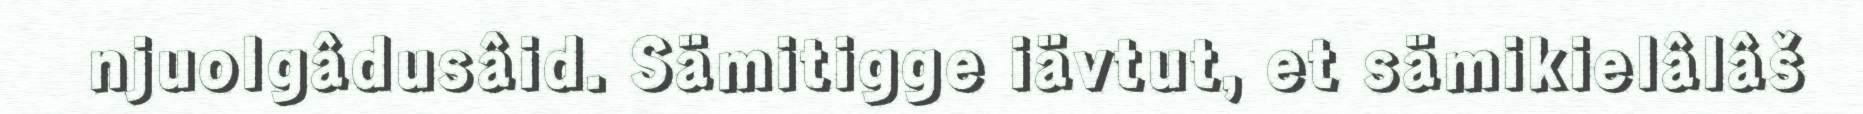
njuolgâdusâid. Sämitigge iävtut, et sämikielâlâš